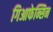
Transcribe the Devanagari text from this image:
गिआफेन्सिन